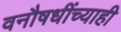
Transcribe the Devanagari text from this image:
वनौषधींच्याही